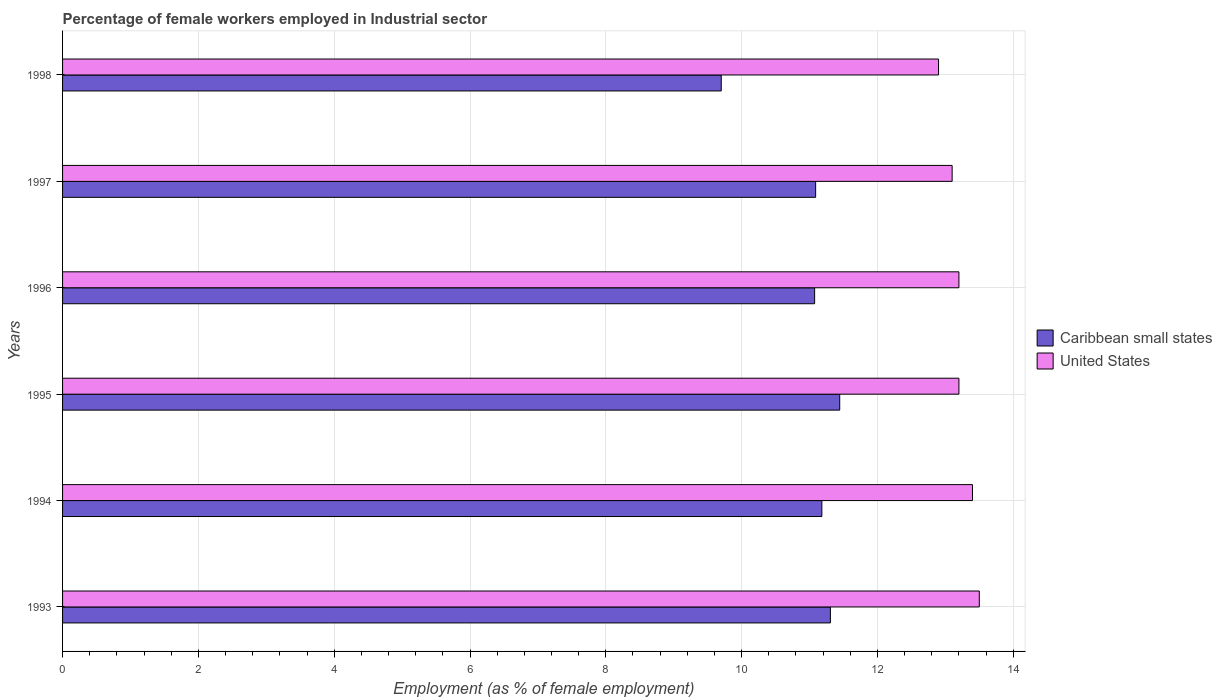
| Years | Caribbean small states | United States |
 | --- | --- | --- |
 | 1993 | 11.3 | 13.5 |
 | 1994 | 11.2 | 13.4 |
 | 1995 | 11.4 | 13.2 |
 | 1996 | 11.1 | 13.2 |
 | 1997 | 11.1 | 13.1 |
 | 1998 | 9.7 | 12.9 |